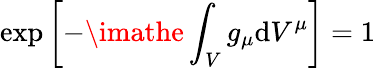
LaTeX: \exp\left[-\imathe\int_{V}g_{\mu}\mathrm{d}V^{\mu}\right]=1